Report on sanitation, dispensaries, and jails in Rajputana for 1921, and on vaccination for the year 1921-1922 - 1921-1922
Year: 1921
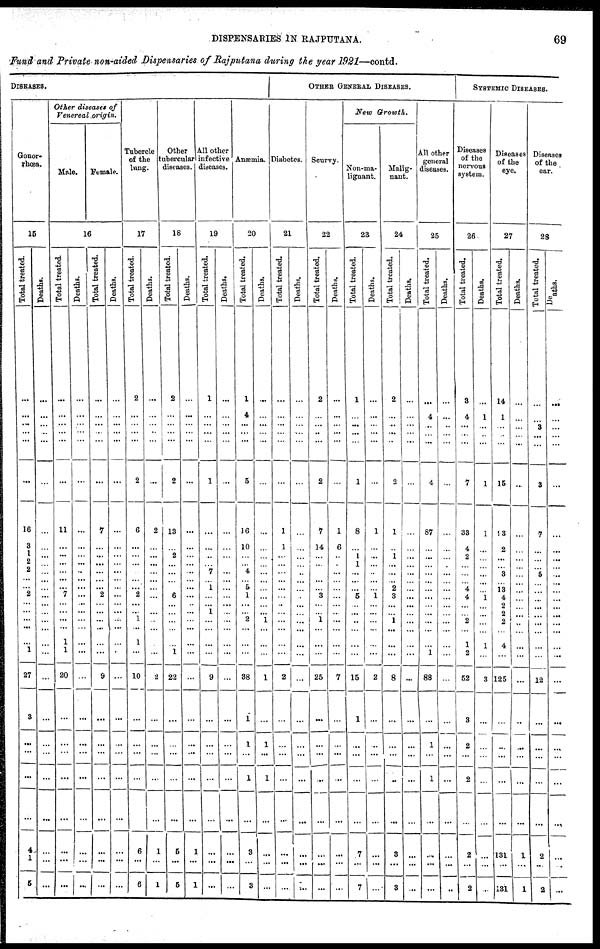
DISPENSARIES IN RAJPUTANA.
69
Fund and Private non-aided Dispensaries of Rajputana during the year 1921—contd.
DISEASES.
Gonor-
rhœa.
15
Total treated.
...
...
...
...
...
...
16
3
1
2
2
...
... 2
...
...
...
...
...
1
27
3
...
...
...
...
4
1
5
Deaths.
...
...
...
...
...
...
...
...
...
...
...
...
...
...
...
...
...
...
...
...
...
...
...
...
...
...
...
...
...
Other diseases of
Venereal origin.
Male.
Female.
16
Total treated.
...
...
...
...
...
...
11
...
...
...
...
...
...
7
...
...
...
...
1
1
20
...
...
...
...
...
...
...
...
Deaths.
...
...
...
...
...
...
...
...
...
...
...
...
...
...
...
...
...
...
...
...
...
...
...
...
...
...
...
...
...
Total treated.
...
...
...
...
...
...
7
...
...
...
...
...
...
2
...
...
...
...
...
...
9
...
...
...
...
...
...
...
...
Deaths.
...
...
...
...
...
...
...
...
...
...
...
...
...
...
...
...
...
...
...
...
...
...
...
...
...
...
...
...
...
Tubercle
of the
lung.
17
Total treated.
2
...
...
...
...
2
6
...
...
...
...
...
...
2
...
...
1
...
1
...
10
...
...
...
...
...
6
...
6
Deaths.
...
...
...
...
...
...
2
...
...
...
...
...
...
...
...
...
...
...
...
...
2
...
...
...
...
...
1
...
1
Other
tubercular
diseases.
18
Total treated.
2
...
...
...
...
2
13
...
2
...
...
...
... 6
...
...
...
...
...
1
22
...
...
...
...
...
5
...
5
Deaths.
...
...
...
...
...
...
...
...
...
...
...
...
...
...
...
...
...
...
...
...
...
...
...
...
...
...
1
...
1
All other
infective
diseases.
19
Total treated.
1
...
...
...
...
1
...
...
...
...
7
...
1
...
...
1
...
...
...
...
9
...
...
...
...
...
...
...
...
Deaths.
...
...
...
...
...
...
...
...
...
...
...
...
...
...
...
...
...
...
...
...
...
...
...
...
...
...
...
...
..
Anæmia.
20
Total treated.
1
4
...
...
...
5
16
10
...
...
4
...
5 1
...
... 2
...
...
...
38
1
1
...
1
...
3
...
3
Deaths.
...
...
...
...
...
...
...
...
...
...
...
...
...
...
...
...
1
...
...
...
1
...
1
...
1
...
...
...
...
OTHER GENERAL DISEASES.
Diabetes.
21
Total treated.
...
...
...
...
...
...
1
1
...
...
...
...
...
...
...
...
...
...
...
...
2
...
...
...
...
...
...
...
...
Deaths.
...
...
...
...
...
...
...
...
...
...
...
...
...
...
...
...
...
...
...
...
...
...
...
...
...
...
...
...
...
Scurvy.
22
Total treated.
2
...
...
...
...
2
7
14
...
...
...
...
... 3
...
...
1
...
...
...
25
...
...
...
...
...
...
...
...
Deaths.
...
...
...
...
...
...
1
6
...
...
...
...
...
...
...
...
...
...
...
...
7
...
...
...
...
...
...
...
...
New Growth.
Non-ma¬
lignant.
23
Total treated.
1
...
...
...
...
1
8
...
1
1
...
...
... 5
...
...
...
...
...
...
15
1
...
...
...
...
7
...
7
Deaths.
...
...
...
...
...
...
1
...
...
...
...
...
...
1
...
...
...
...
...
...
2
...
...
...
...
...
...
...
...
Malig¬
nant.
24
Total treated.
2
...
...
...
...
2
1
...
1
...
...
...
2
3
...
...
1
...
...
...
8
...
...
...
...
...
3
...
3
Deaths.
...
...
...
...
...
...
...
...
...
...
...
...
...
...
...
...
...
...
...
...
...
...
...
...
...
...
...
...
...
All other
general
diseases.
25
Total treated.
...
4
...
...
...
4
87
...
...
...
...
...
...
...
...
...
...
...
...
1
88
...
1
...
1
...
...
...
...
Deaths.
...
...
...
...
...
...
...
...
...
...
...
...
...
...
...
...
...
...
...
...
...
...
...
...
...
...
...
...
...
SYSTEMIC DISEASES.
Diseases
of the
nervous
system.
26
Total treated.
3
4
...
...
...
7
33
4
2
...
...
...
4
4
...
... 2
...
1
2
52
3
2
...
2
...
2
...
2
Deaths.
...
1
...
...
...
1
1
...
...
...
...
...
...
1
...
...
...
...
1
...
3
...
...
...
...
...
...
...
...
Diseases
of the
eye.
27
Total treated.
14
1
... ...
...
15
93
2
...
...
3
...
13
4
2
2
2
...
4
...
125
...
...
...
...
...
131
...
131
Deaths.
...
...
...
...
...
...
...
...
...
...
...
...
...
...
...
...
...
...
...
...
...
...
...
...
...
...
1
...
1
Diseases
of the
ear.
28
Total treated.
...
...
3
...
...
3
7
...
...
...
5
...
...
...
...
...
...
...
...
...
12
...
...
...
...
...
2
...
2
Deaths.
...
...
...
...
...
...
...
...
...
...
...
...
...
...
...
...
...
...
...
...
...
...
...
...
...
...
...
...
...